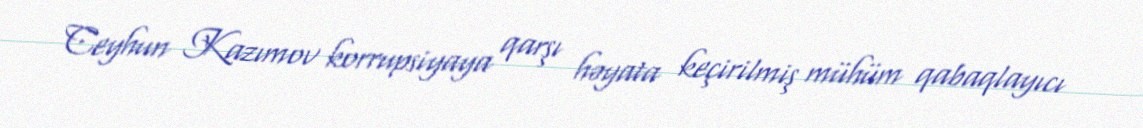
Ceyhun Kazımov korrupsiyaya qarşı həyata keçirilmiş mühüm qabaqlayıcı